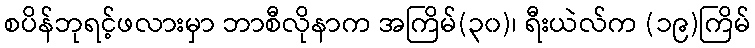
စပိန်ဘုရင့်ဖလားမှာ ဘာစီလိုနာက အကြိမ်(၃၀)၊ ရီးယဲလ်က (၁၉)ကြိမ်